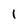
Character: l